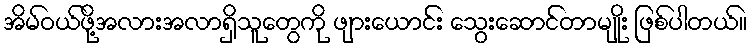
အိမ်ဝယ်ဖို့အလားအလာရှိသူတွေကို ဖျားယောင်း သွေးဆောင်တာမျိုး ဖြစ်ပါတယ်။